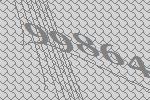
99864